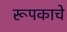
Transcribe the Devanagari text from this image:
रूपकाचे